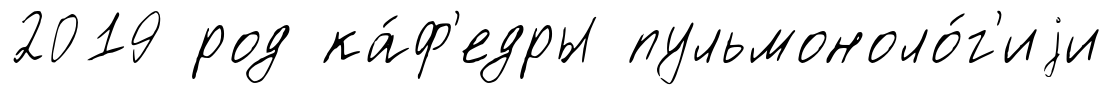
2019 род ка́ф'едры пульмоноло́г'иjи